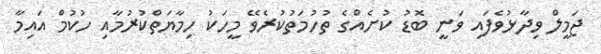
ޖަމީލް ވިދާޅުވެފައި ވަނީ ބޮޑު ކުށެއްގެ ތުހުމަތުކުރެވޭ މީހަކު ހިމާޔަތްކުރުމާއި ހުކުމް އައިމާ